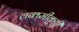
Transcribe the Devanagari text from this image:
लक्ष्मीकुट्टी